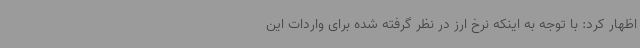
اظهار کرد: با توجه به اینکه نرخ ارز در نظر گرفته شده برای واردات این